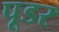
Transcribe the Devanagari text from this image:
पूडर